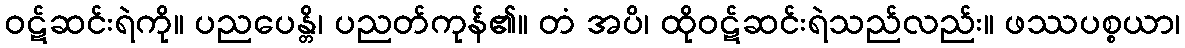
ဝဋ်ဆင်းရဲကို။ ပညပေန္တိ၊ ပညတ်ကုန်၏။ တံ အပိ၊ ထိုဝဋ်ဆင်းရဲသည်လည်း။ ဖဿပစ္စယာ၊